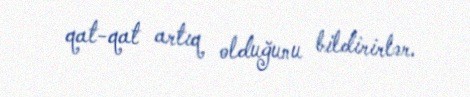
qat-qat artıq olduğunu bildirirlər.